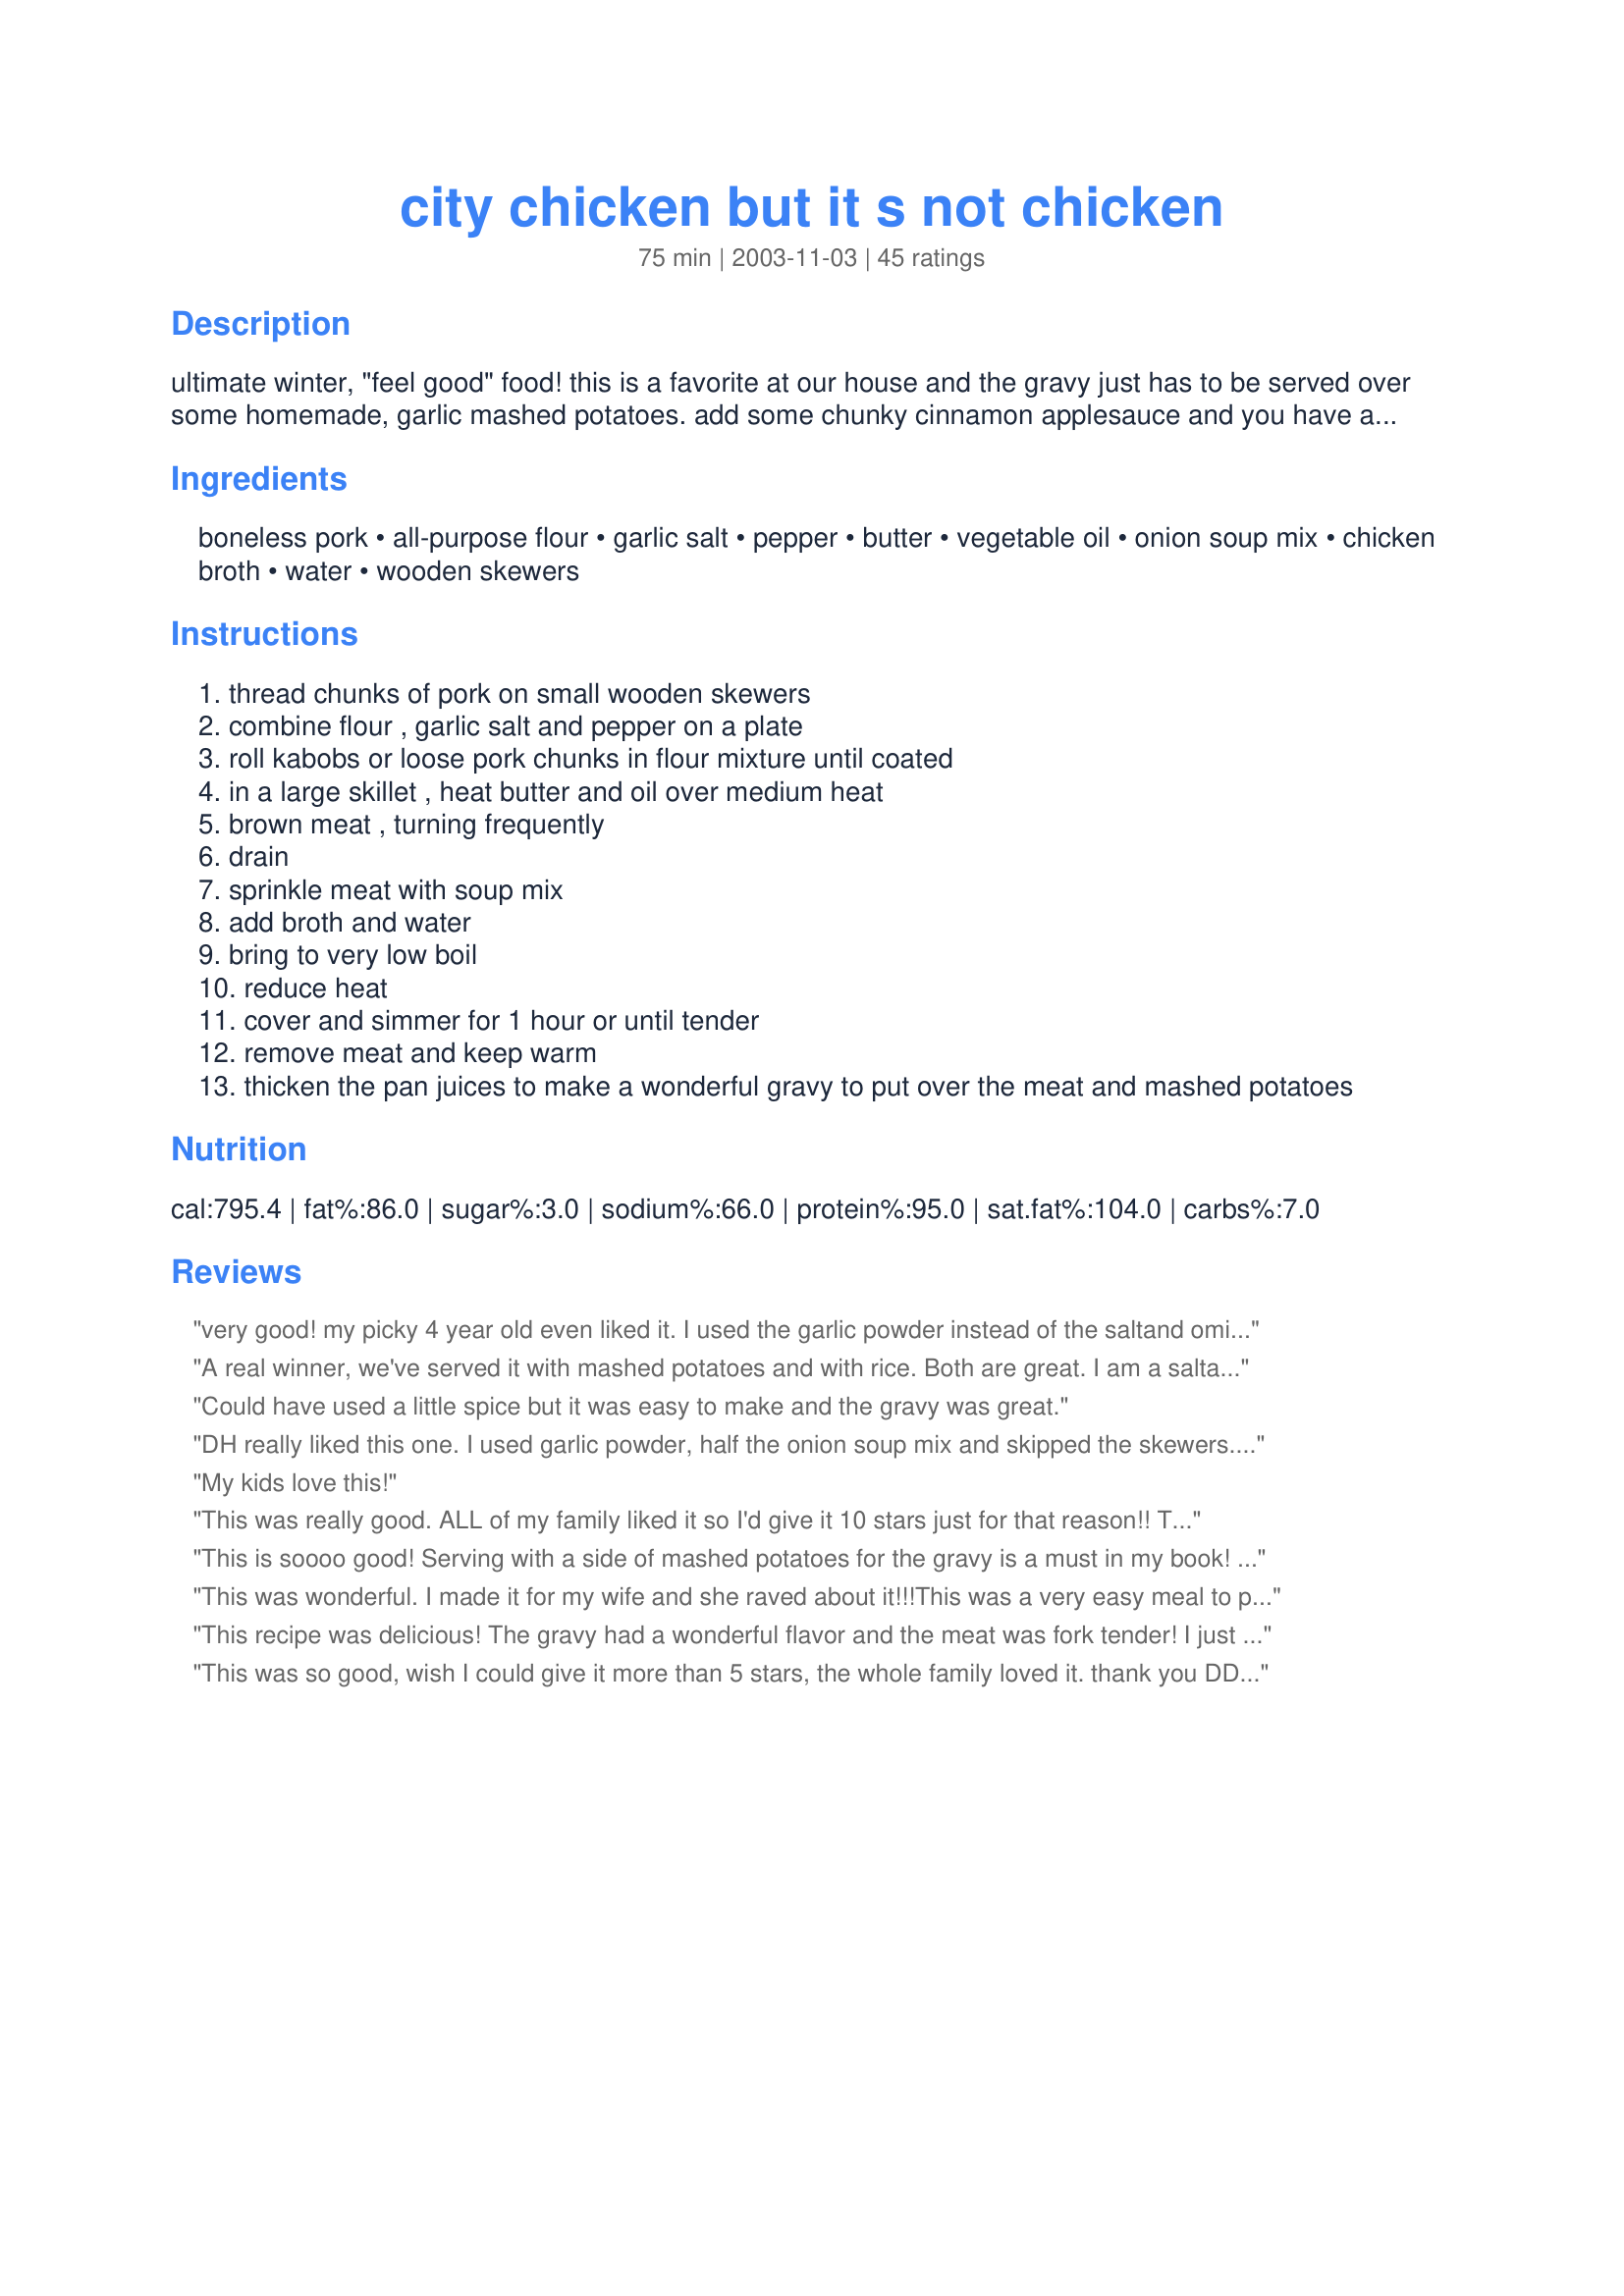
city chicken but it s not chicken
Preparation time: 75 minutes

ultimate winter, "feel good" food! this is a favorite at our house and the gravy just has to be served over some homemade, garlic mashed potatoes. add some chunky cinnamon applesauce and you have a wonderful meal! this recipe came from a '98 taste of home magazine. this can be a bit on the salty side - exchanging the garlic salt for garlic powder and then using reduced sodium chicken broth would help.

Ingredients:
boneless pork, all-purpose flour, garlic salt, pepper, butter, vegetable oil, onion soup mix, chicken broth, water, wooden skewers

Steps:
thread chunks of pork on small wooden skewers
combine flour , garlic salt and pepper on a plate
roll kabobs or loose pork chunks in flour mixture until coated
in a large skillet , heat butter and oil over medium heat
brown meat , turning frequently
drain
sprinkle meat with soup mix
add broth and water
bring to very low boil
reduce heat
cover and simmer for 1 hour or until tender
remove meat and keep warm
thicken the pan juices to make a wonderful gravy to put over the meat and mashed potatoes

Reviews:
very good! my picky 4 year old even liked it. I used the garlic powder instead of the saltand omitted the water. I followed all directions except for cooking on the stove.I used my crockpot to cook the pork, let it cook about 4 hours on high and I poured ajar of pork gravy over top of the meat after adding all the other ingredients, then thickened the sauce with cornstarch 20 minutes before serving.will definitely make this again!
A real winner, we've served it with mashed potatoes and with rice. Both are great. I am a saltaholic so these did not seem very salty to me. ( I actually had to salt mine). Next time I may try some adobo seasoning, I've had it served to me that way and it added a nice flavor to it.
Could have used a little spice but it was easy to make and the gravy was great.
DH really liked this one. I used garlic powder, half the onion soup mix and skipped the skewers. Definitely a recipe worth repeating.
My kids love this!
This was really good. ALL of my family liked it so I'd give it 10 stars just for that reason!! There's one more meal that I don't have to worry about what I'm going to make different for the ones who don't like what I'm making!
I beleive my sil made this once and I really liked it but for some reason I didn't get the recipe or I misplaced it. 
The pork turned out really tender. I bought boneless "pork for stew". I saw that this receipe made a lot of sauce, and especially since I'm the only one who loves gravy, I poured a small portion of it into a saucepan to make the gravy. I still had some left over. I made mashed potatoes as suggested and peas.
A satisfying, comfort meal. Thank you for posting! This will be put on my "frequently made dinners" list!
This is soooo good! Serving with a side of mashed potatoes for the gravy is a must in my book! I do substitute garlic powder for the garlic salt. I figure the onion soup mix and the chicken broth has enough salt for the whole dish all ready.
This was wonderful. I made it for my wife and she raved about it!!!This was a very easy meal to prepare and the results were GREAT!!!
Will be making this again. Thanks for posting
This recipe was delicious! The gravy had a wonderful flavor and the meat was fork tender! I just made it tonight and I had to hide some for my daughter to eat when she gets home.
This was so good, wish I could give it more than 5 stars, the whole family loved it. thank you DDW for a wonderful dish that my family will enjoy often.
mmmm... good
We all loved this! I did not use the skewers and I used garlic powder instead of the garlic salt. I thickened the sauce for a nice gravy and served it with mashed potatoes. It was very yummy and everyone, including the kids, liked this! I will be keeping this recipe to make again!
Very good! Certainly not low fat but a great comfort food. I liked the flavor and found it perfectly salted, but I really like my salt.
I do not normally care for pork, but I loved this! I used sirlion pork chops. Also used the flour mix to thicken the broth. I will probably cut back on the liquid as there was way to much left over.
Thanks for posting!
~Deb
This was very easy and had great flavor. I did not skewer the pork instead just sauted it. The cooking time was significantly less with smaller pieces of meat.
this recipe was so good i used the juice for potatoes wasnt a big hit with my hubby but i think he was lying because he had second plate
My mom shared this recipe with me years ago (she's a Taste of Home subscriber too) and it is definitely a family favorite! Thanks for taking the time to post it here. Delicious!
My family loved it! I just sauted the pork in cooking spray and light margarine to lessen the fat content. It was very tender & tasty served over mashed potatoes. Thanks for the great recipe!
My daughter the queen of "I don't like gravy", loved this recipe. It reminds me of Boston Markets Turkey Medalions with gravy. This will become a regular in my menu.
My mom told me that my grandmother made this often while she was growing up in the 30's and 40's. I thought it sounded interested so I did a search and found the recipe you submitted. I accidentally picked up ranch though instead of the onion soup but it was still very good! We ate ours over rice and, yes, as the other reviewers said, the meat was very tender and there was an abundance of gravy. Like my grandmother, I will make this often. Thanks for passing it along!
very good and easy.. use low sodium broth and garlic powder and it won't be too salty. I added all broth instead of the water for more flavor. was great and will be making again
This makes a great meal. I needed to fix it the day before, so I only simmered it for 15 minutes instead of an hour. Then I cooked it in the crock pot for 3 1/2 hours to finish it. The meat was delicious and tender!
Tasty, smells wonderful, but I was hoping for a more tender end product. I'm sure this will be good as leftovers too though.
Made this the other night and the wife loved it and it is easy too.
This is going the favorites list.
I can't wait to make this for guests.
This was incredible! My boyfriend and I were both wonderfully surprised at how delicious it was. I used garlic powder and chicken bullion cubes for the broth. This will definitely be a regular meal for us.
This was good but it seemed to lack something for us. I used fresh garlic as I didn't have garlic powder (as suggested by other reviewers). I used about 3/4 envelope of the onion soup and still found it too salty. Thx.
Wow this was absolutely fantastic!!!! I just found a weekly rotation dinner, thank you so very very much, I halved the recipe as I did not have enough pork and wow, worked great served over mashed potatoes....not too salty at all for us, thank you very much for sharing this....Anne
My Mom made this often. I've been looking for this recipe. Delicious!! Thanks. 


try it in your crockpot. i use country style ribs and skip the skewers.
Halved the recipe for the two of us. First words out of my mouth: "Mmmm... comfort food!" From my husband: "This is perfect for a rainy day." I think we're both saying the same thing... it was perfect. I used boneless chicken breast chunks instead of pork as it's what I had on hand and thawed and it was so tender and juicy. I also subbed garlic powder for garlic salt and that turned out perfectly. The gravy went well on both the meat and potatoes and I had just enough left over for lunch today. Thank you so much, DDW, for a keeper!
Let me be the first to say "Yum!". The pork was soooo tender and the gravy was very flavorful and great over mashed potatoes. It was a little salty even though I used reduced salt broth. I cut up 1 pound of boneless pork chops but made all of the gravy. I didn't use the skewers just stir fried the pork.
This is a great recipe. Even my picky husband went back for seconds! Definitly a keeper! I did use garlic powder instead of the salt.
i make this for my son and my boy friend and they love it. my boyfriend has never had it and he was pleasently suprised at how tender it gets. i started useing a roaster to cook it. i dont use this recipe but i am definately goin to try the onion soup in this batch. thanks for posting , it gave me some ideas
I cooked it in a crock pot & it worked out great. I was very salty for my taste. It might be from the soup mix or maybe the broth. I'll try reducing the salt where I can
this is delicious we all loved it thank you
My family LOVED this!!!!!! My 3 kids devoured it too! Let me tell you there was nothing left from supper tonight which was a shocker.

I would give this recipe 10 stars if I could.....thank you!!!!
Mmmm..Very tasty with mashed potatoes.
My daughter just got braces and feeding her has been a challenge. The pork was very tender, and I served it with egg noodles - she ate two servings!
I made this recipe last night and my whole family absolutely loved it. We will definitely be having it again (and again). I made it gluten-free with GF flour and by thickening the gravy with corn starch - delish!
We enjoyed this. I was scrambling for a recipe that didn't have a can of soup involved. This fit the bill beautifully. I used garlic powder and half of the dry soup mix, and it was plenty salty. I thickened the gravy just a bit with Wondra, and added some fresh mushroom slices. Served over egg noodles. Thanks for posting DDW!
Excellent. I followed all the ingredients in the recipe exactly, but I didn't use the skewers. I just browned the pork (boneless pork chops) in cubes in the pan before adding the broth and water. The recipe doesn't specify when to add the soup mix, but I can't think of anyplace to add it other than after browning the pork along with the broth and water. I thickened the juices with a little cornstarch and water and had a lovely gravy to serve over roasted garlic mashed potatoes. Some homemade applesauce on the side and this was a perfect meal. Thank you!
Very down-home meat dish. Easy to make and make plenty as leftvoers can be frozen for a quick meal later. Using the leftover flour to thicken is a great idea.
In Pittsburgh this is a staple dish. I learned of it when I attended college there. Glad to see that someone is sharing it with the world!!!
Too salty. but beside that, great meal.
WOW ! amazing! my husband loved it and compared it to his grandmothers! i call that a big hit!!
